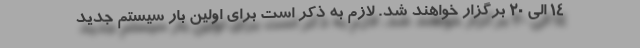
14 الی 20 برگزار خواهند شد. لازم به ذکر است برای اولین بار سیستم جدید